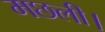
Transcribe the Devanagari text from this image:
मछली।